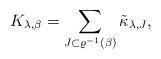
LaTeX: \begin{align*}K_{\lambda,\beta} = \sum_{J\subset \varrho^{-1}(\beta)} \tilde \kappa_{\lambda,J},\end{align*}